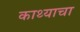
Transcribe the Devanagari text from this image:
काथ्याचा